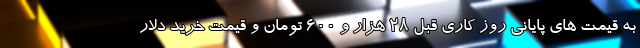
به قیمت های پایانی روز کاری قبل 28 هزار و 600 تومان و قیمت خرید دلار